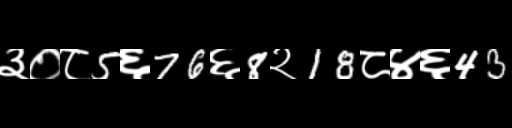
Text: ३०८5६76६8२18८४६43